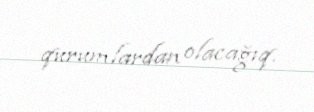
qurumlardan olacağıq.